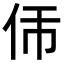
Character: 𬽮